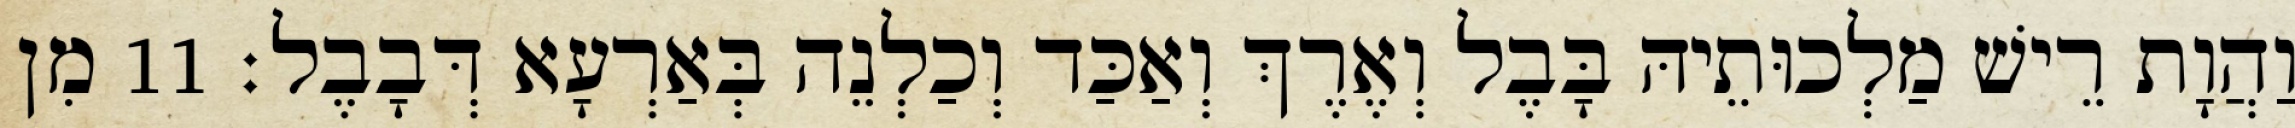
וַהֲוָת רֵישׁ מַלְכוּתֵיהּ בָּבֶל וְאֶרֶךְ וְאַכַּד וְכַלְנֵה בְּאַרְעָא דְּבָבֶל׃ 11 מִן